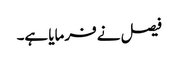
فیصل نے فرمایا ہے۔